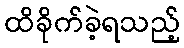
ထိခိုက်ခဲ့ရသည့်